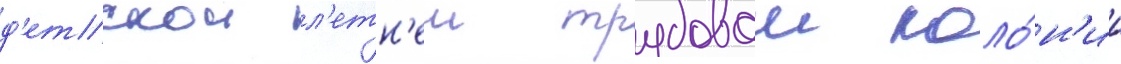
д'етскои л'етн'еи трудовои коло́н'ии